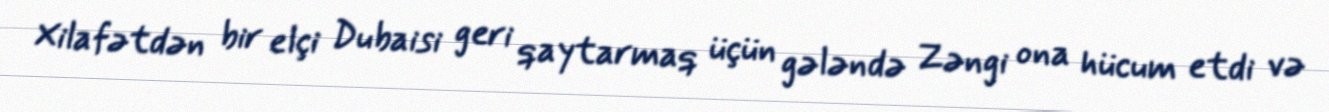
Xilafətdən bir elçi Dubaisi geri qaytarmaq üçün gələndə Zəngi ona hücum etdi və